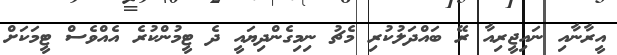
އީރާނާއި ނައިޖީރިއާ ރޭ ބައްދަލުކުރި މެޗު ނިމިގެންދިޔައީ ދެ ޓީމުންކުރެ އެއްވެސް ޓީމަކަށް